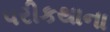
પરીકથાના